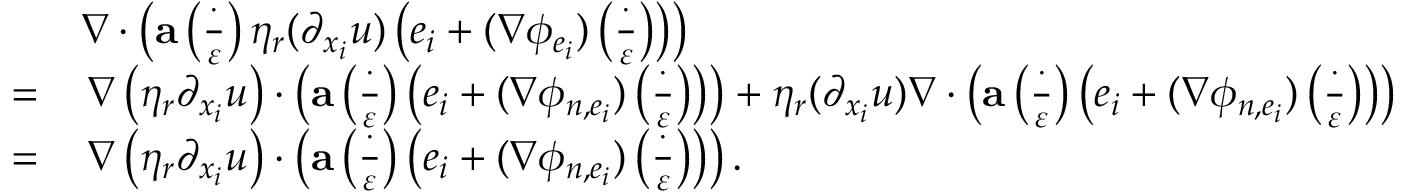
\begin{array} { r l } & { \nabla \cdot \left( \mathbf { a } \left( \frac { \cdot } { \varepsilon } \right) \eta _ { r } ( \partial _ { x _ { i } } u ) \left( e _ { i } + ( \nabla \phi _ { e _ { i } } ) \left( \frac { \cdot } { \varepsilon } \right) \right) \right) } \\ { = } & { \, \nabla \left( \eta _ { r } \partial _ { x _ { i } } u \right) \cdot \left( \mathbf { a } \left( \frac { \cdot } { \varepsilon } \right) \left( e _ { i } + ( \nabla \phi _ { n , e _ { i } } ) \left( \frac { \cdot } { \varepsilon } \right) \right) \right) + \eta _ { r } ( \partial _ { x _ { i } } u ) \nabla \cdot \left( \mathbf { a } \left( \frac { \cdot } { \varepsilon } \right) \left( e _ { i } + ( \nabla \phi _ { n , e _ { i } } ) \left( \frac { \cdot } { \varepsilon } \right) \right) \right) } \\ { = } & { \, \nabla \left( \eta _ { r } \partial _ { x _ { i } } u \right) \cdot \left( \mathbf { a } \left( \frac { \cdot } { \varepsilon } \right) \left( e _ { i } + ( \nabla \phi _ { n , e _ { i } } ) \left( \frac { \cdot } { \varepsilon } \right) \right) \right) . } \end{array}